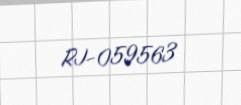
RJ-059563